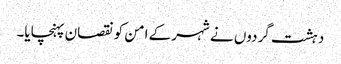
دہشت گردوں نے شہر کے امن کو نقصان پہنچایا۔